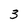
Character: 3